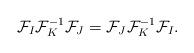
LaTeX: \begin{align*}{\cal F}_{I} {\cal F}_{K} ^{-1} {\cal F}_{J}= {\cal F}_{J} {\cal F}_{K}^{-1} {\cal F}_{I}.\end{align*}